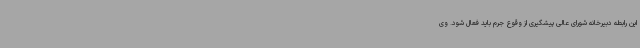
این رابطه دبیرخانه شورای عالی پیشگیری از وقوع جرم باید فعال شود. وی